Lunatic asylums Madras 1877-1891 - 1877-1891
Year: 1877
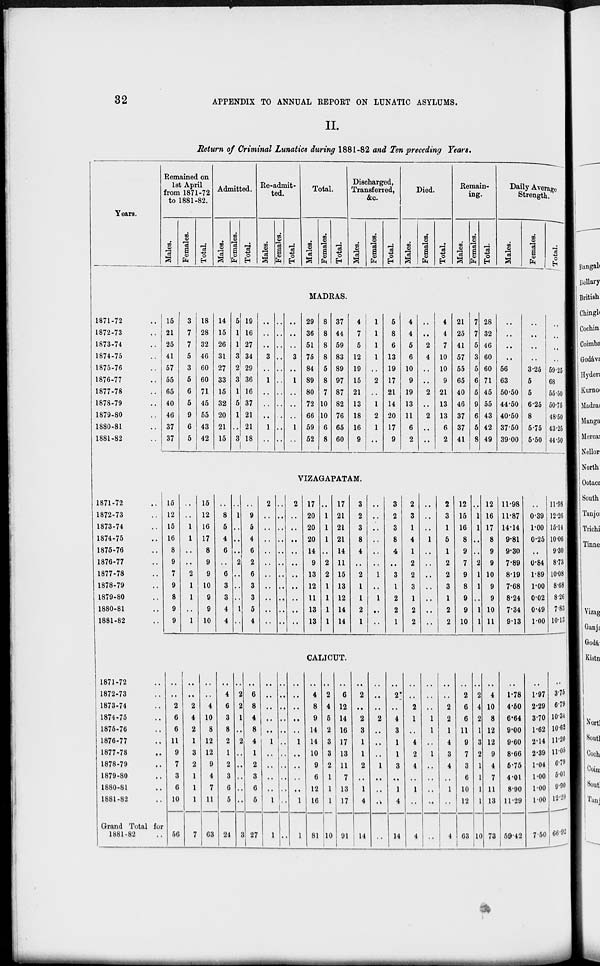
32
APPENDIX TO ANNUAL REPORT ON LUNATIC ASYLUMS.
II.
Return of Criminal Lunatics during 1881-82 and Ten preceding Years.
Years.
Remained on
1st April
from 1871-72
to 1881-82.
Males.
Females.
Total.
Admitted.
Males.
Females.
Total.
Re-admit-
ted.
Males.
Females.
Total.
Total.
Males.
Females.
Total.
Discharged,
Transferred,
&c.
Males.
Females.
Total.
Died.
Males.
Females.
Total.
Remain-
ing.
Males.
Females.
Total.
Daily Average
Strength.
Males.
Females.
Total.
MADRAS.
1871-72 ..
1872-73 ..
1873-74 ..
1874-75 ..
1875-76 ..
1876-77 ..
1877-78 ..
1878-79 ..
1879-80 ..
1880-81 ..
1881-82 ..
15
21
25
41
57
55
65
40
46
37
37
3
7
7
5
3
5
6
5
9
6
5
18
28
32
46
60
60
71
45
55
43
42
14
15
26
31
27
33
15
32
20
21
15
5
1
1
3
2
3
1
5
1
..
3
19
16
27
34
29
36
16
37
21
21
18
..
..
..
3
..
1
..
..
..
1
..
..
..
..
..
..
..
..
..
..
..
..
..
..
..
3
..
1
..
..
..
1
..
29
36
51
75
84
89
80
72
66
59
52
8
8
8
8
5
8
7
10
10
6
8
37
44
59
83
89
97
87
82
76
65
60
4
7
5
12
19
15
21
13
18
16
9
1
1
1
1
..
2
..
1
2
1
..
5
8
6
13
19
17
21
14
20
17
9
4
4
5
6
10
9
19
13
11
6
2
..
..
2
4
..
..
2
..
2
..
..
4
4
7
10
10
9
21
13
13
6
2
21
25
41
57
55
65
40
46
37
37
41
7
7
5
3
5
6
5
9
6
5
8
28
32
46
60
60
71
45
55
43
42
49
..
..
..
..
56
63
50.50
44.50
40.50
37.50
39.00
..
..
..
..
3.25
5
5
6.25
8
5.75
5.50
..
..
..
..
59.25
68
55.50
50.75
48.50
43.25
44.50
VIZAGAPATAM.
1871-72 ..
1872-73 ..
1873-74 ..
1874-75 ..
1875-76 ..
1876-77 ..
1877-78 ..
1878-79 ..
1879-80 ..
1880-81 ..
1881-82 ..
15
12
15
16
8
9
7
9
8
9
9
..
..
1
1
..
..
2
1
1
..
1
15
12
16
17
8
9
9
10
9
9
10
..
8
5
4
6
..
6
3
3
4
4
..
1
..
..
..
2
..
..
..
1
..
..
9
5
4
6
2
6
3
3
5
4
2
..
..
..
..
..
..
..
..
..
..
..
..
..
..
..
..
..
..
..
..
..
2
..
..
..
..
..
..
..
..
..
..
17
20
20
20
14
9
13
12
11
13
13
..
1
1
1
..
2
2
1
1
1
1
17
21
21
21
14
11
15
13
12
14
14
3
2
3
8
4
..
2
1
1
2
1
..
..
..
..
..
..
1
..
1
..
..
3
2
3
8
4
..
3
1
2
2
1
2
3
1
4
1
2
2
3
1
2
2
..
..
..
1
..
..
..
..
..
..
..
2
3
1
5
1
2
2
3
1
2
2
12
15
16
8
9
7
9
8
9
9
10
..
1
1
..
..
2
1
1
..
1
1
12
16
17
8
9
9
10
9
9
10
11
11.98
11.87
14.14
9.81
9.30
7.89
8.19
7.68
8.24
7.34
9.13
..
0.39
1.00
0.25
..
0.84
1.89
1.00
0.02
0.49
1.00
11.98
12.26
15.14
10.06
9.30
8.73
10.08
8.68
8.26
7.83
10.13
CALICUT.
1871-72 ..
1872-73 ..
1873-74 ..
1874-75 ..
1875-76 ..
1876-77 ..
1877-78 ..
1878-79 ..
1879-80 ..
1880-81 ..
1881-82 ..
Grand Total for
1881-82 ..
..
..
2
6
6
11
9
7
3
6
10
56
..
..
2
4
2
1
3
2
1
1
1
7
..
..
4
10
8
12
12
9
4
7
11
63
..
4
6
3
8
2
1
2
3
6
5
24
..
2
2
1
..
2
..
..
..
..
..
3
..
6
8
4
8
4
1
2
3
6
5
27
..
..
..
..
..
1
..
..
..
..
1
1
..
..
..
..
..
..
..
..
..
..
..
..
..
..
..
..
..
1
..
..
..
..
1
1
..
4
8
9
14
14
10
9
6
12
16
81
..
2
4
5
2
3
3
2
1
1
1
10
..
6
12
14
16
17
13
11
7
13
17
91
..
2
..
2
3
1
1
2
..
1
4
14
..
..
..
2
..
..
..
1
..
..
3
..
..
2
..
4
3
1
1
3
..
1
4
14
..
..
2
1
..
4
2
4
..
1
..
4
..
..
..
1
1
..
1
..
..
..
..
..
..
..
2
2
1
4
3
4
..
1
..
4
..
2
6
6
11
9
7
3
6
10
12
63
..
2
4
2
1
3
2
1
1
1
1
10
..
4
10
8
12
12
9
4
7
11
13
73
..
1.78
4.50
6.64
9.00
9.60
8.66
5.75
4.01
8.90
11.29
59.42
..
1.97
2.29
3.70
1.62
2.14
2.39
1.04
1.00
1.00
1.00
7.50
..
3.75
6.79
10.34
10.62
11.20
11.05
6.79
5.01
9.90
12.29
66.92